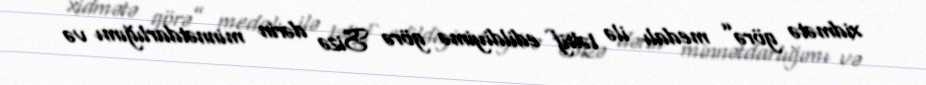
xidmətə görə” medalı ilə təltif edildiyimə görə Sizə dərin minnətdarlığımı və